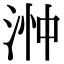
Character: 浺